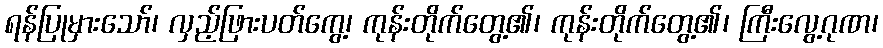
ရန်ပြုမှားသော်၊ လှည့်ဖြားပတ်ကွေ့၊ ကုန်းတိုက်တွေ့၏၊ ကုန်းတိုက်တွေ့၏၊ ကြီးလွေ့ဂုဏ၊